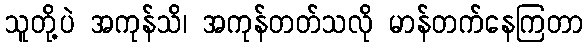
သူတို့ပဲ အကုန်သိ၊ အကုန်တတ်သလို မာန်တက်နေကြတာ